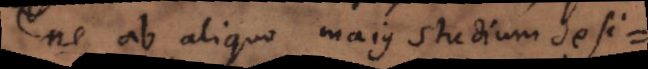
ne ab aliquo majus studium desi